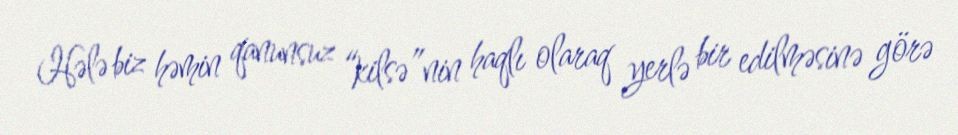
Hələ biz həmin qanunsuz “kilsə”nin haqlı olaraq yerlə bir edilməsinə görə